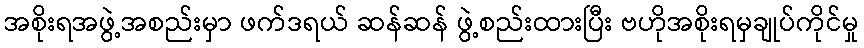
အစိုးရအဖွဲ့အစည်းမှာ ဖက်ဒရယ် ဆန်ဆန် ဖွဲ့စည်းထားပြီး ဗဟိုအစိုးရမှချုပ်ကိုင်မှု